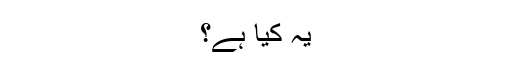
یہ کیا ہے؟